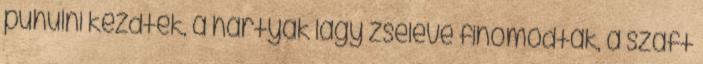
puhulni kezdtek, a hártyák lágy zselévé finomodtak, a szaft